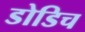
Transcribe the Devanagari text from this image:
डोडिच